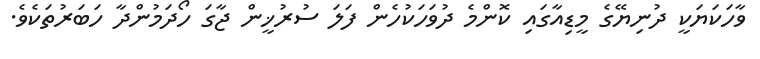
ވާހަަކަޔަކީ ދުނިޔޭގެ މީޑިއާގައި ކޮންމެ ދުވަހަކުހެން ފަލަ ސުރުޚީން ޖާގަ ހޯދަމުންދާ ހަބަރުތަކެވެ.